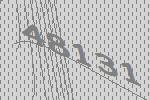
48131